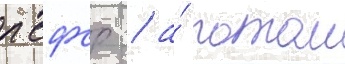
рсфср / а́ потом